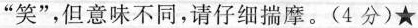
”笑”，但意味不同，请仔细揣摩。(4分)★